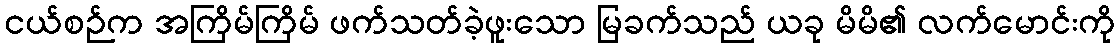
ငယ်စဉ်က အကြိမ်ကြိမ် ဖက်သတ်ခဲ့ဖူးသော မြခက်သည် ယခု မိမိ၏ လက်မောင်းကို